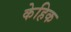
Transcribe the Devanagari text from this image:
केहिक